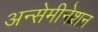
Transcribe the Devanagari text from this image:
अन्सेमीनेशन